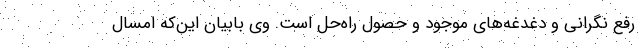
رفع نگرانی و دغدغه‌های موجود و حصول راه‌حل است. وی بابیان این‌که امسال